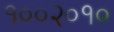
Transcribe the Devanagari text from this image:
१००२०१०